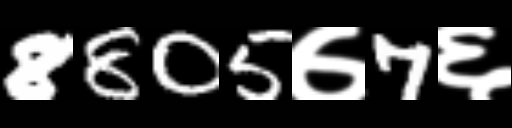
Text: 8805७7६